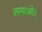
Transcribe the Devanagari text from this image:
लगाओ।